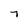
Character: 7